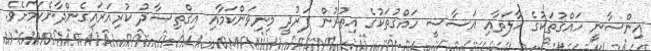
އިންސާނީ ހައްޤުތަކުގެ ޙާލަތާއި އަސާސީ ހައްޤުތަކުގެ އިތުރުން ފަރުދީ މިނިވަންކަމާއި އިޤްތިޞާދު ކުރިއަރައިގެންދާނެކަމަށެވެ.